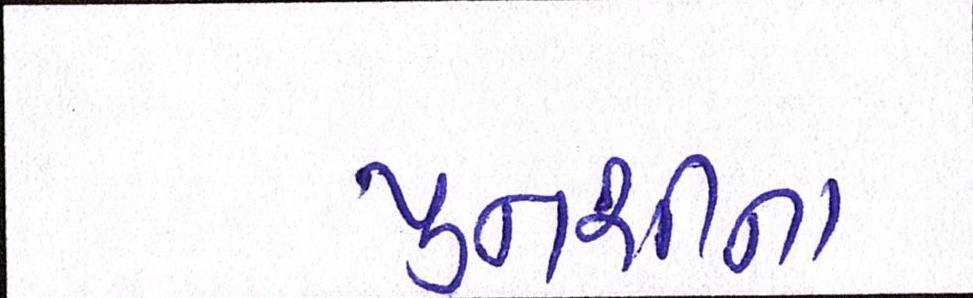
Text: પુનશીના